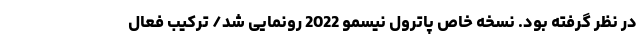
در نظر گرفته بود. نسخه خاص پاترول نیسمو 2022 رونمایی شد/ ترکیب فعال